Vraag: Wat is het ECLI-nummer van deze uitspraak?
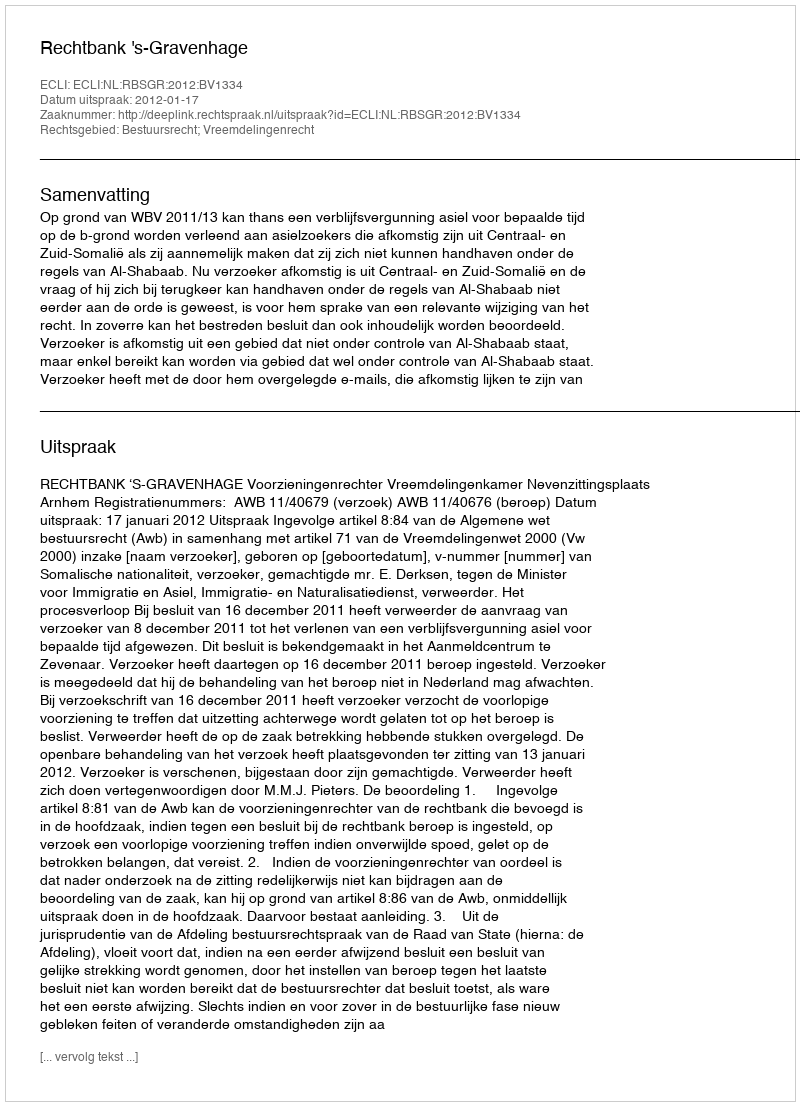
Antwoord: ECLI:NL:RBSGR:2012:BV1334